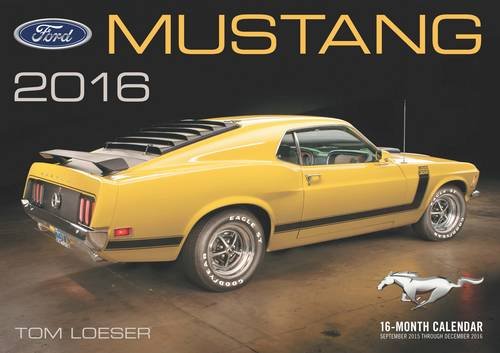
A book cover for Ford Mustang Deluxe 2016: 16-Month Calendar September 2015 through December 2016 - Includes 17x12 ART PRINT 1970 Boss 302; Calendars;